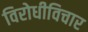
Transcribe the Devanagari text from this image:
विरोधीविचार